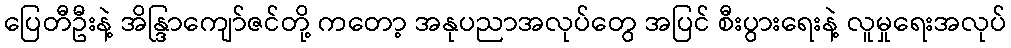
ပြေတီဦးနဲ့ အိန္ဒြာကျော်ဇင်တို့ ကတော့ အနုပညာအလုပ်တွေ အပြင် စီးပွားရေးနဲ့ လူမှုရေးအလုပ်